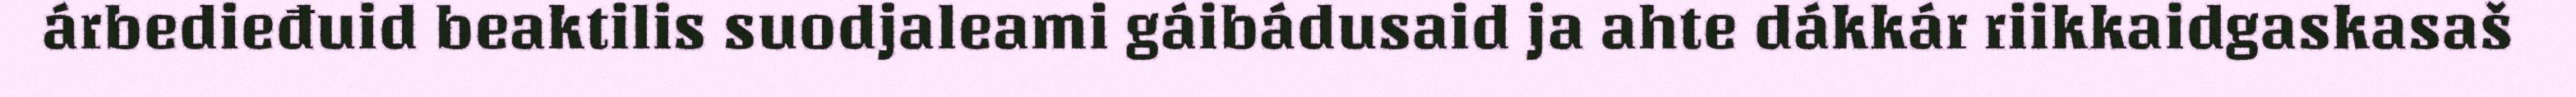
árbedieđuid beaktilis suodjaleami gáibádusaid ja ahte dákkár riikkaidgaskasaš